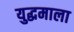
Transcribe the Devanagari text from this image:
युद्धमाला